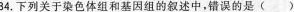
34.下列关于染色体组和基因组的叙述中，错误的是（）